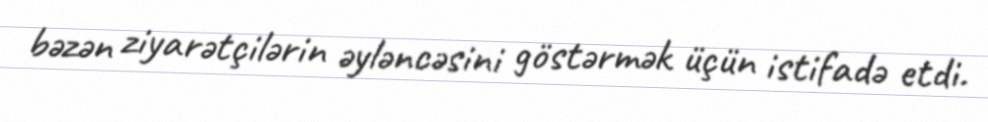
bəzən ziyarətçilərin əyləncəsini göstərmək üçün istifadə etdi.